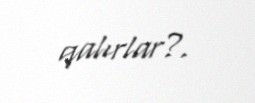
qalırlar?.